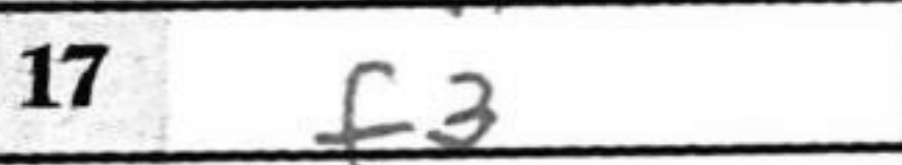
Transcription: f3